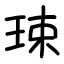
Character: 㻋